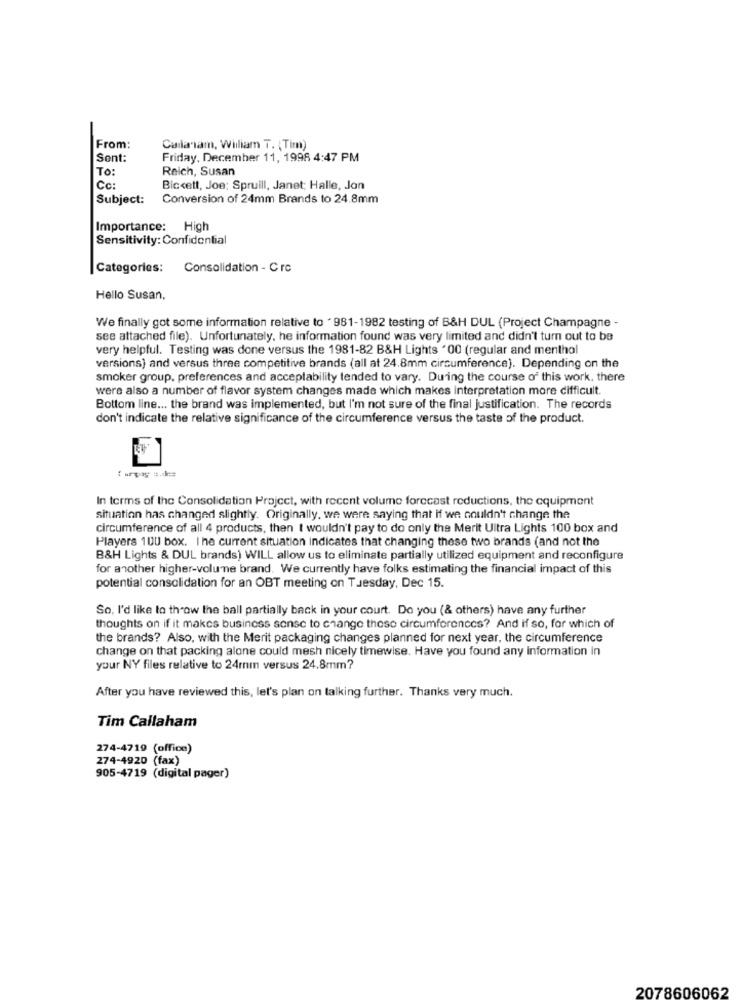
From:
Carlaiam, William T. (Tim)
Sont:
Friday, December 11, 1996 4:47 PM
To:
Reich, Susan
Cc:
Bickett, Joe; Spruill, Janet; Halle, Jon
Subject:
Conversion of 24mm Brands to 24.8mm
Importance: High
Sensitivity: Confidential
Categories:
Consolidation - Crc
Hello Susan,
We finally got some information relative to ' 981-1982 testing of B&H DUL (Project Champagne -
see attached file). Unfortunately, he information found was very limited and didn't turn out to be
very helpful. Testing was done versus the 1981-82 B&H Lights "00 (regular and menthol
versions) and versus three competitive brands (all at 24.8mm circumference). Depending on the
smoker group, preferences and acceptability tended to vary. During the course of this work, there
were also a number of flavor system changes made which makes interpretation more difficult.
Bottom line ... the brand was implemented, but I'm not sure of the final justification. The records
don't indicate the relative significance of the circumference versus the taste of the product.
In terms of the Consolidation Project, with recent volume forecast reductions, the equipment
situation has changed slightly. Originally, we were saying that if we couldn't change the
circumference of all 4 products, then t wouldn't pay to do only the Merit Ultra Lights 100 box and
Players 100 box. I he current situation indicates that changing these two brands (and not the
B&H Lights & DUL brands) WILL allow us to eliminate partially utilized equipment and reconfigure
for another higher-volume brand. We currently have folks estimating the financial impact of this
potential consolidation for an OBT meeting on Tuesday, Dec 15.
So, I'd like to throw the ball partially back in your court. Do you (& others) have any further
thoughts on if it makes business sense to change these circumforences? And if so, for which of
the brands? Also, with the Merit packaging changes planned for next year, the circumference
change on that packing alone could mesh nicely timewise. Have you found any Information in
your NY files relative to 24mm versus 24.8mm?
After you have reviewed this, let's plan on talking further. Thanks very much.
Tim Callaham
274-4719 (office)
274-4920 (fax)
905-4719 (digital pager)
2078606062